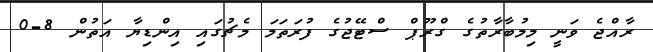
ރާއްޖެ ވަނީ މިމުބާރާތުގެ ގްރޫޕް ސްޓޭޖުގެ ފުރަތަމަ މެޗުގައި އިންޑިޔާ އަތުން 8-0